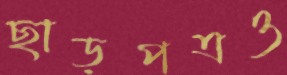
ছাড়পত্রও